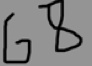
6 8